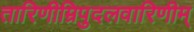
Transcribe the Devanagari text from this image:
तारिणीम्रिपुदलवारिणीम्